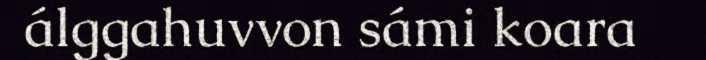
álggahuvvon sámi koara